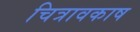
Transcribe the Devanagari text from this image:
चित्रावकाष